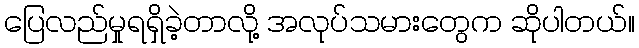
ပြေလည်မှုရရှိခဲ့တာလို့ အလုပ်သမားတွေက ဆိုပါတယ်။